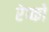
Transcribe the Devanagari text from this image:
रेप्को